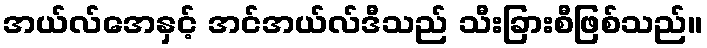
အယ်လ်အေနှင့် အင်အယ်လ်ဒီသည် သီးခြားစီဖြစ်သည်။